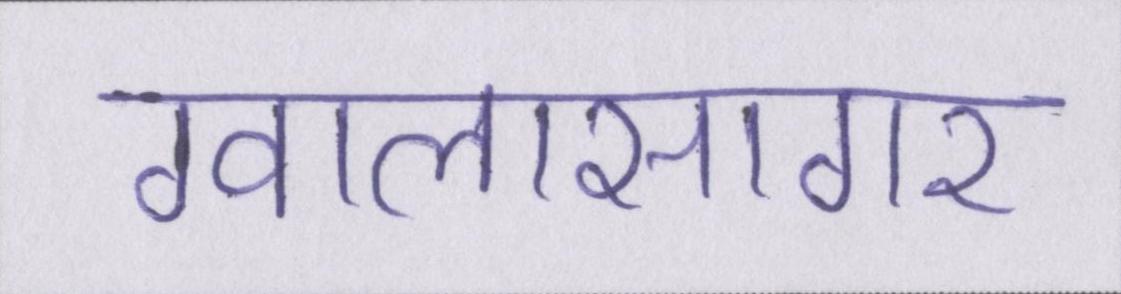
ग्वालासागर